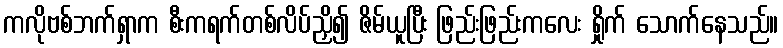
ကလိုဗစ်ဘက်ရှာက စီးကရက်တစ်လိပ်ညှိ၍ ဇိမ်ယူပြီး ဖြည်းဖြည်းကလေး ရှိုက် သောက်နေသည်။